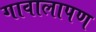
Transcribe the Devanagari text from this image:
गावालापण